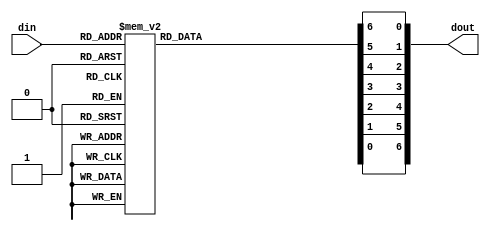
module fnd(
	din,
	dout
);

parameter OFF = 1'b1;
parameter ON = 1'b0;
input[3:0] din;
//output [7:0] dout;
output [6:0] dout;

reg a, b, c, d, e, f, g;
//wire h;

// off condition
always @(din)
	case (din)
		4'h0 : {a,b,c,d,e,f,g} = {ON ,ON ,ON ,ON ,ON ,ON ,OFF};
		4'h1 : {a,b,c,d,e,f,g} = {OFF,ON ,ON ,OFF,OFF,OFF,OFF}; 
		4'h2 : {a,b,c,d,e,f,g} = {ON ,ON ,OFF,ON ,ON ,OFF,ON }; 
		4'h3 : {a,b,c,d,e,f,g} = {ON ,ON ,ON ,ON ,OFF,OFF,ON }; 
		4'h4 : {a,b,c,d,e,f,g} = {OFF,ON ,ON ,OFF,OFF,ON ,ON }; 
		4'h5 : {a,b,c,d,e,f,g} = {ON ,OFF,ON ,ON ,OFF,ON ,ON }; 
		4'h6 : {a,b,c,d,e,f,g} = {ON ,OFF,ON ,ON ,ON ,ON ,ON }; 
		4'h7 : {a,b,c,d,e,f,g} = {ON ,ON ,ON ,OFF,OFF,OFF,OFF}; 
		4'h8 : {a,b,c,d,e,f,g} = {ON ,ON ,ON ,ON ,ON ,ON ,ON }; 
		4'h9 : {a,b,c,d,e,f,g} = {ON ,ON ,ON ,ON ,OFF,ON ,ON }; 
		4'hA : {a,b,c,d,e,f,g} = {ON ,ON ,ON ,OFF,ON ,ON ,ON }; 
		4'hB : {a,b,c,d,e,f,g} = {OFF,OFF,ON ,ON ,ON ,ON ,ON }; 
		4'hC : {a,b,c,d,e,f,g} = {ON ,OFF,OFF,ON ,ON ,ON ,OFF}; 
		4'hD : {a,b,c,d,e,f,g} = {OFF,ON ,ON ,ON ,ON ,OFF,ON }; 
		4'hE : {a,b,c,d,e,f,g} = {ON ,OFF,OFF,ON ,ON ,ON ,ON }; 
		4'hF : {a,b,c,d,e,f,g} = {ON ,OFF,OFF,OFF,ON ,ON ,ON }; 
		default : {a,b,c,d,e,f,g} = {OFF,OFF,OFF,OFF,OFF,OFF,OFF};
	endcase

//assign h = 1'b1;

//assign dout = {h,g,f,e,d,c,b,a};
assign dout = {g,f,e,d,c,b,a};

endmodule